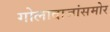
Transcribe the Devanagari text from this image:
गोलादाजांसमोर